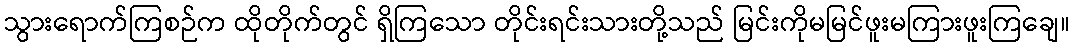
သွားရောက်ကြစဉ်က ထိုတိုက်တွင် ရှိကြသော တိုင်းရင်းသားတို့သည် မြင်းကိုမမြင်ဖူးမကြားဖူးကြချေ။